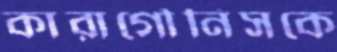
কারাগৌনিসকে